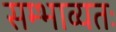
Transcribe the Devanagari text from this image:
सम्भाव्यतः